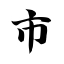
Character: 市